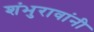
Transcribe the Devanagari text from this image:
शंभुरावांनी